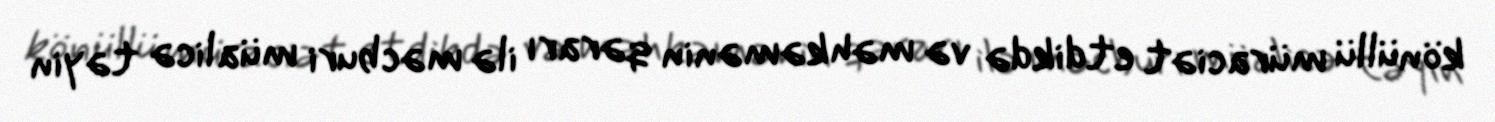
könüllü müraciət etdikdə və məhkəmənin qərarı ilə məcburi müalicə təyin